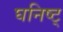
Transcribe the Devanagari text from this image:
घनिष्ट्